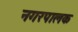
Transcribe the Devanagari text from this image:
नगरपालक